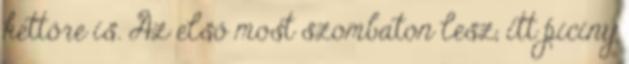
kettőre is. Az első most szombaton lesz, itt piciny